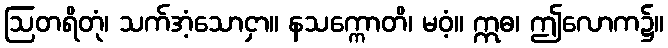
ဩတရိတုံ၊ သက်အံ့သောငှာ။ နသက္ကောတိ၊ မဝံ့။ ဣဓ၊ ဤလောက၌။